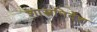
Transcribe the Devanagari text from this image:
शास्त्रनिर्देश